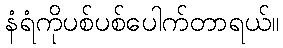
နံရံကိုပစ်ပစ်ပေါက်တာရယ်။